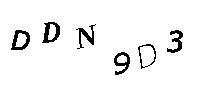
DDN9D3